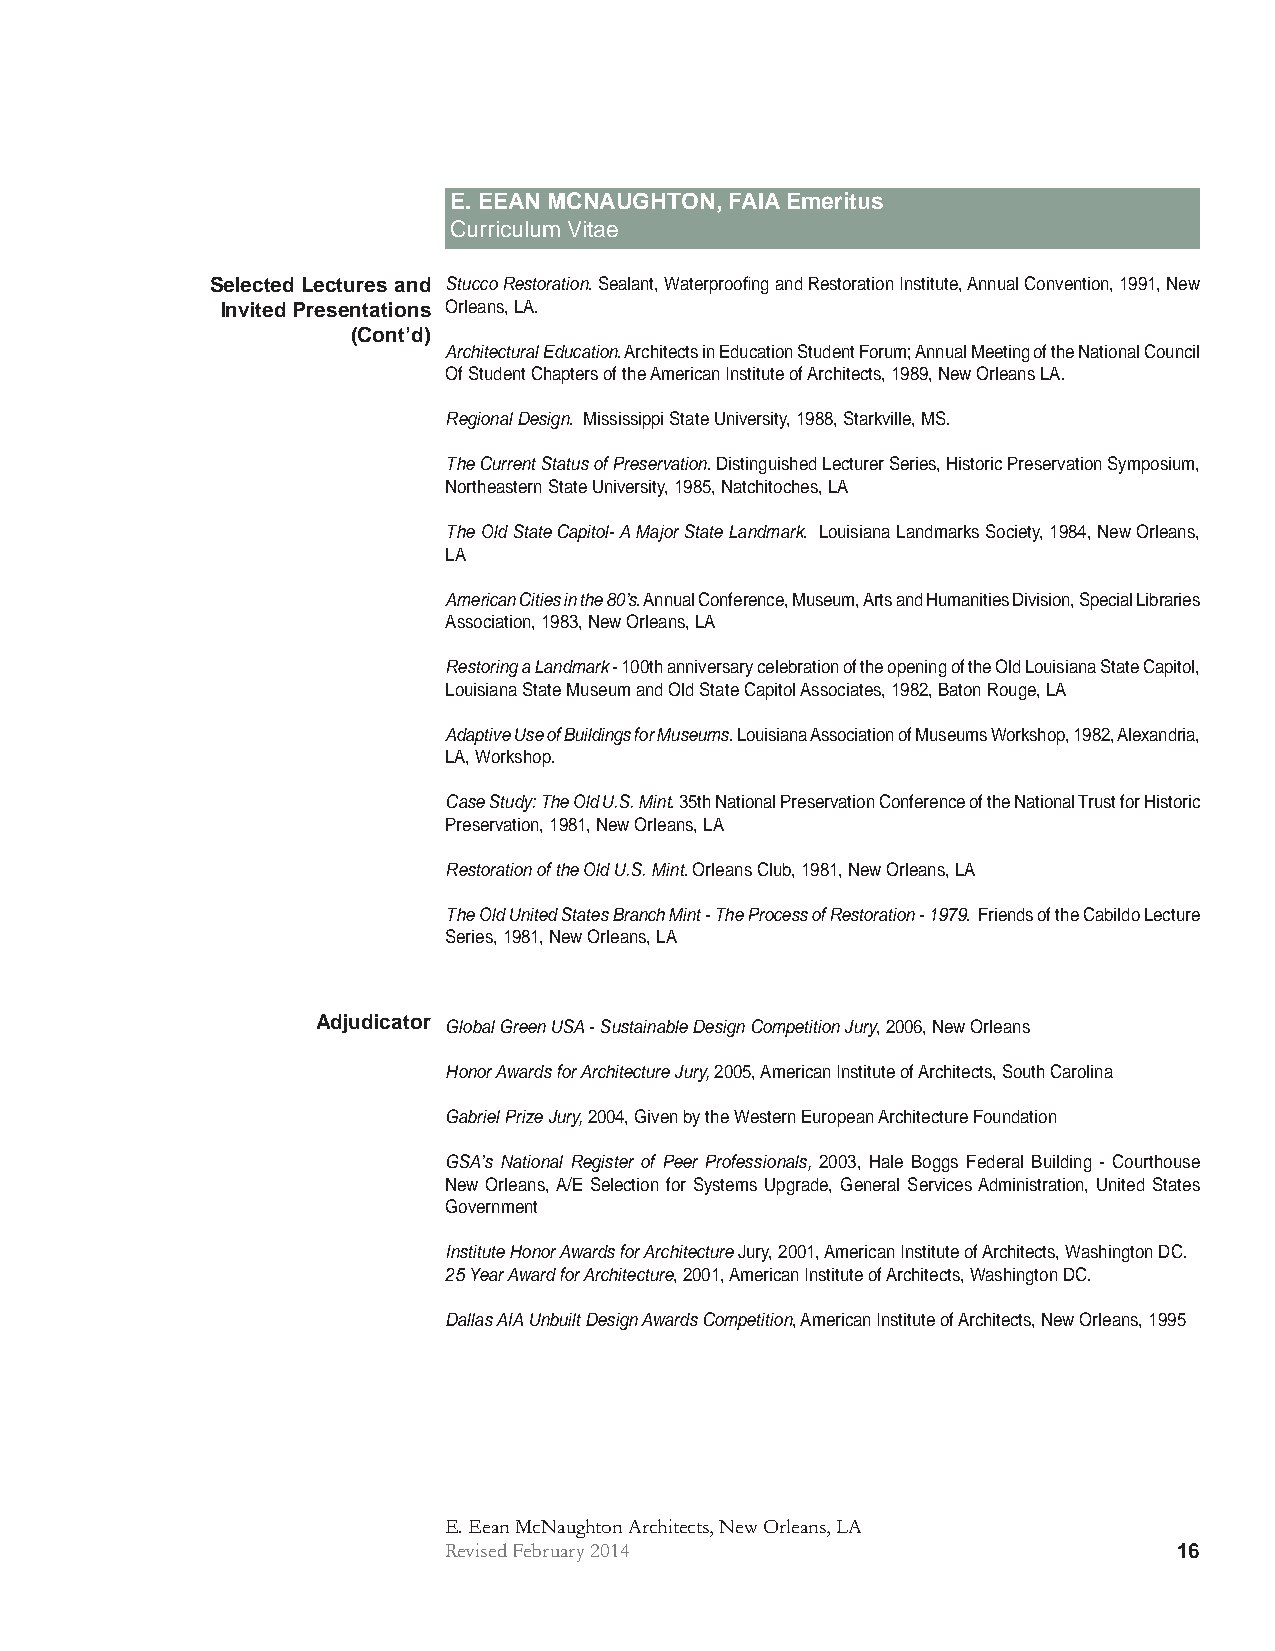
E. EEAN MCNAUGHTON, FAIA Emeritus
 Curriculum Vitae
 Selected Lectures and Stucco Restoration. Sealant, Waterproofi ng and Restoration Institute, Annual Convention, 1991, New
 Invited Presentations Orleans, LA.
 (Cont’d)
 Architectural Education. Architects in Education Student Forum; Annual Meeting of the National Council
 Of Student Chapters of the American Institute of Architects, 1989, New Orleans LA.
 Regional Design. Mississippi State University, 1988, Starkville, MS.
 The Current Status of Preservation. Distinguished Lecturer Series, Historic Preservation Symposium,
 Northeastern State University, 1985, Natchitoches, LA
 The Old State Capitol- A Major State Landmark. Louisiana Landmarks Society, 1984, New Orleans,
 LA
 American Cities in the 80’s. Annual Conference, Museum, Arts and Humanities Division, Special Libraries
 Association, 1983, New Orleans, LA
 Restoring a Landmark - 100th anniversary celebration of the opening of the Old Louisiana State Capitol,
 Louisiana State Museum and Old State Capitol Associates, 1982, Baton Rouge, LA
 Adaptive Use of Buildings for Museums. Louisiana Association of Museums Workshop, 1982, Alexandria,
 LA, Workshop.
 Case Study: The Old U.S. Mint. 35th National Preservation Conference of the National Trust for Historic
 Preservation, 1981, New Orleans, LA
 Restoration of the Old U.S. Mint. Orleans Club, 1981, New Orleans, LA
 The Old United States Branch Mint - The Process of Restoration - 1979. Friends of the Cabildo Lecture
 Series, 1981, New Orleans, LA
 Adjudicator Global Green USA - Sustainable Design Competition Jury, 2006, New Orleans
 Honor Awards for Architecture Jury, 2005, American Institute of Architects, South Carolina
 Gabriel Prize Jury, 2004, Given by the Western European Architecture Foundation
 GSA’s National Register of Peer Professionals, 2003, Hale Boggs Federal Building - Courthouse
 New Orleans, A/E Selection for Systems Upgrade, General Services Administration, United States
 Government
 Institute Honor Awards for Architecture Jury, 2001, American Institute of Architects, Washington DC.
 25 Year Award for Architecture, 2001, American Institute of Architects, Washington DC.
 Dallas AIA Unbuilt Design Awards Competition, American Institute of Architects, New Orleans, 1995
 E. Eean McNaughton Architects, New Orleans, LA
 Revised February 2014                            16